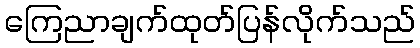
ကြေညာချက်ထုတ်ပြန်လိုက်သည်